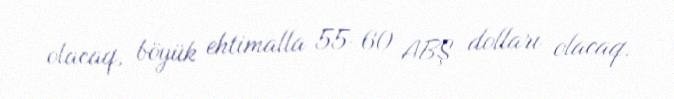
olacaq, böyük ehtimalla 55-60 ABŞ dolları olacaq.